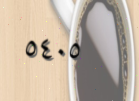
٥٤٠٥